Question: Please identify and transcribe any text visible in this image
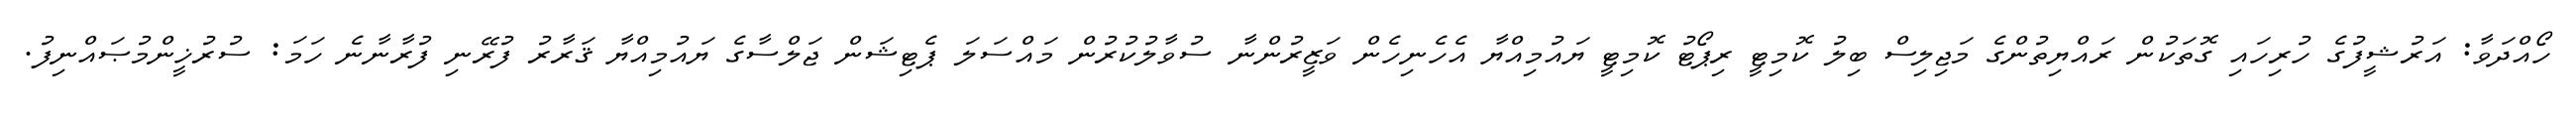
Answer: ހޯއްދަވާ: އަރުޝީފުގެ ހުރިހައި ގޮތަކުން ރައްޔިތުންގެ މަޖިލިސް ބިލު ކޮމިޓީ ރިޕޯޓު ކޮމިޓީ ޔައުމިއްޔާ އެހެނިހެން ވަޒީރުންނާ ސުވާލުކުރުން މައްސަލަ ޕެޓިޝަން ޖަލްސާގެ ޔައުމިއްޔާ ޤަރާރު ފުރޭނި ފުރާނާނެ ހަމަ: ސުރުޚީންމުޞައްނިފު.